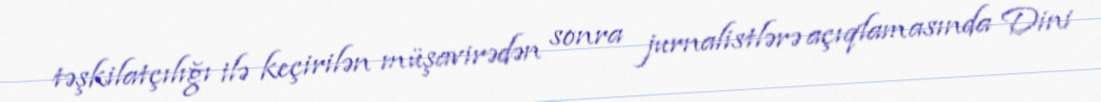
təşkilatçılığı ilə keçirilən müşavirədən sonra jurnalistlərə açıqlamasında Dini